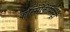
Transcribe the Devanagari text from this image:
कॉस्मोकेमिस्ट्री